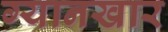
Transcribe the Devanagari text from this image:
ग्यानखार